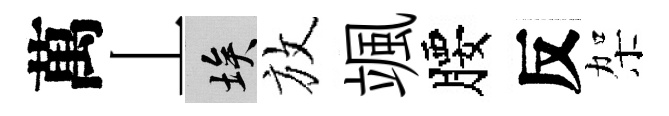
萬丄埃放颯腰反架